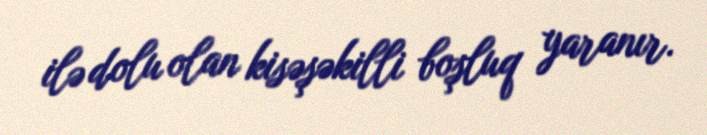
ilə dolu olan kisəşəkilli boşluq yaranır.